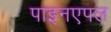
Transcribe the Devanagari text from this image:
पाइनएपल